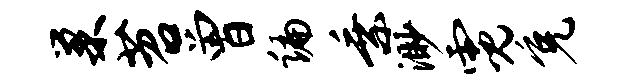
巢苕曾编乘渺霓免